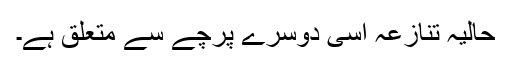
حالیہ تنازعہ اسی دوسرے پرچے سے متعلق ہے۔